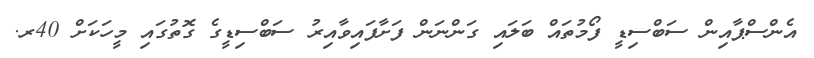
އެންސްޕާއިން ސަބްސިޑީ ފޯމުތައް ބަލައި ގަންނަން ފަށާފައިވާއިރު ސަބްސިޑީގެ ގޮތުގައި މީހަކަށް 40ރ.